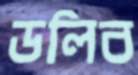
ডলিব